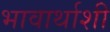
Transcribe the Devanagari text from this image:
भावार्थाशी